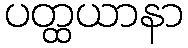
ပတ္ထယာနာ